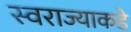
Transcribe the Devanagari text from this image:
स्वराज्याकडे